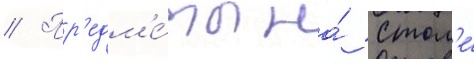
// Пр'едм'е́ты на́ стол'е́